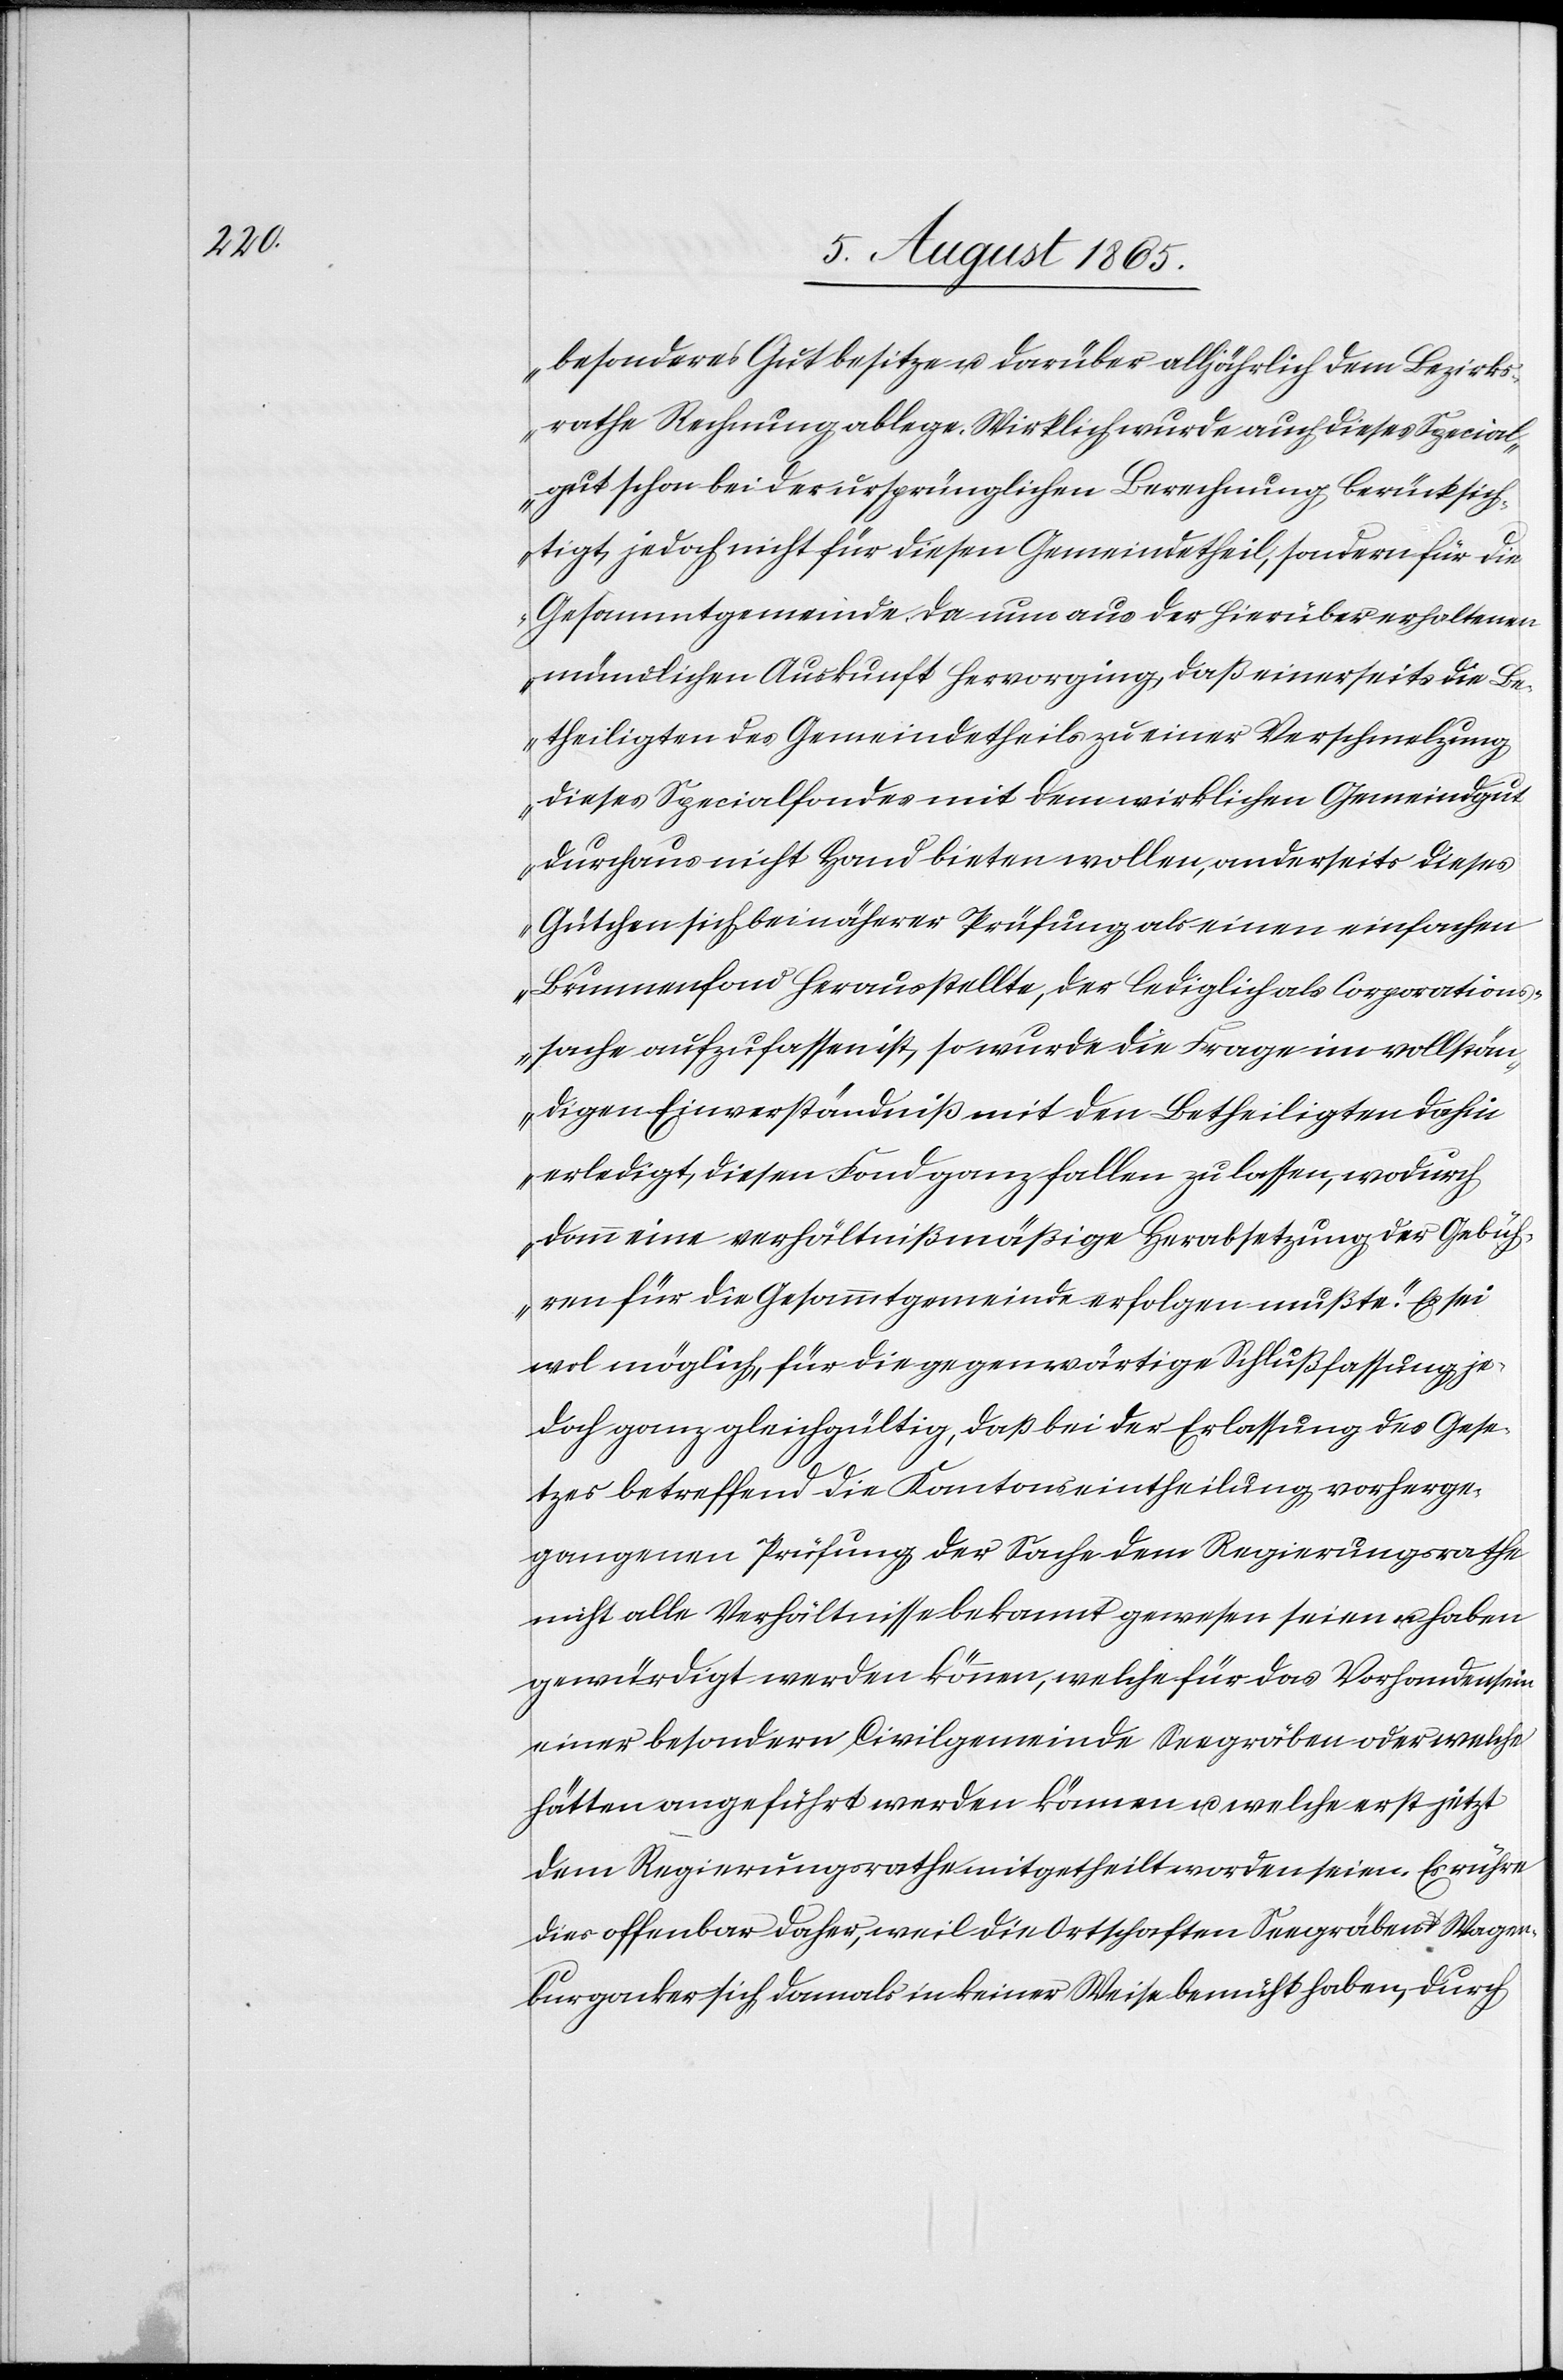
besonderes Gut besitze u. darüber alljährlich dem Bezirks¬
rathe Rechnung ablege. Wirklich wurde auch dieses Special¬
gut schon bei der ursprünglichen Berechnung berücksich¬
tigt, jedoch nicht für diesen Gemeindetheil, sondern für die
Gesammtgemeinde. Da nun aus der hierüber erhaltenen
mündlichen Auskunft hervorging, daß einerseits die Be¬
theiligten des Gemeindetheils zu einer Verschmelzung
dieses Specialfondes mit dem wirklichen Gemeindgut
durchaus nicht Hand bieten wollen, anderseits dieses
Gütchen sich bei näherer Prüfung als einen einfachen
Brunnenfond herausstellte, der lediglich als Corporations¬
sache aufzufassen ist, so wurde die Frage im vollstän¬
digen Einverständniß mit den Betheiligten dahin
erledigt, diesen Fond ganz fallen zu lassen, wodurch
dann eine verhältnißmäßige Herabsetzung der Gebüh¬
ren für die Gesammtgemeinde erfolgen mußte.“ Es sei
wol möglich, für die gegenwärtige Schlußfassung je¬
doch ganz gleichgültig, daß bei der Erlassung des Gese¬
tzes betreffend die Kantonseintheilung vorherge¬
gangenen Prüfung der Sache dem Regierungsrathe
nicht alle Verhältnisse bekannt gewesen seien u. haben
gewürdigt werden können, welche für das Vorhandensein
einer besondern Civilgemeinde Seegräben oder welche
hätten angeführt werden können u. welche erst jetzt
dem Regierungsrathe mitgetheilt worden seien. Es rühre
dies offenbar daher, weil die Ortschaften Seegräben u. Wagen¬
burgacker sich damals in keiner Weise bemüht haben, durch